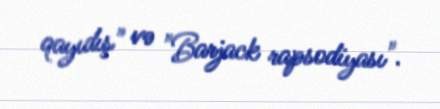
qayıdış" və "Barjack rapsodiyası".